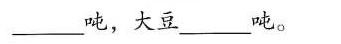
小麦__吨，大豆_____吨。